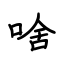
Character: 啥